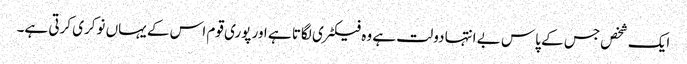
ایک شخص جس کے پاس بے انتہا دولت ہے وہ فیکٹری لگاتا ہے اور پوری قوم اس کے یہاں نوکری کرتی ہے۔